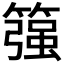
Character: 𱸨